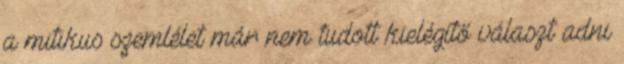
a mitikus szemlélet már nem tudott kielégítő választ adni